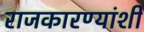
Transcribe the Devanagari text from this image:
राजकारण्यांशी